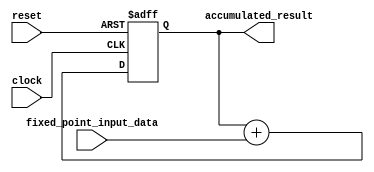
module fixed_point_accumulator (
    input [7:0] fixed_point_input_data, // input fixed-point data
    input clock, // clock signal
    input reset, // reset signal
    output reg [15:0] accumulated_result // accumulated result output
);

reg [15:0] accumulator_reg; // internal memory register to store accumulated result

always @(posedge clock or posedge reset) begin
    if (reset) begin
        accumulator_reg <= 16'd0; // reset accumulator register
    end else begin
        accumulator_reg <= accumulator_reg + fixed_point_input_data; // perform addition operation
    end
end

assign accumulated_result = accumulator_reg; // assign accumulated result to output

endmodule